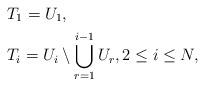
LaTeX: \begin{align*}&T_1=U_1,\\&T_i=U_i \setminus \bigcup\limits_{r=1}^{i-1}U_r,2\leq i\leq N,\end{align*}